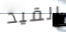
القيد